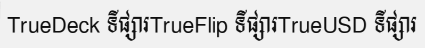
TrueDeck ទីផ្សារTrueFlip ទីផ្សារTrueUSD ទីផ្សារ